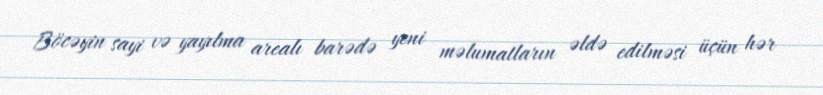
Böcəyin sayi və yayılma arealı barədə yeni məlumatların əldə edilməsi üçün hər